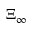
\Xi _ { \infty }